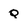
Character: Q